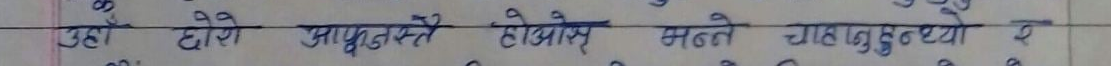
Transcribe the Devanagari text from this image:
यहाँ ढोके अगाडित्तै ठूलो मन्ते चाहागुट्टो